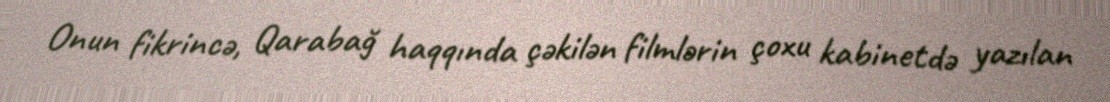
Onun fikrincə, Qarabağ haqqında çəkilən filmlərin çoxu kabinetdə yazılan